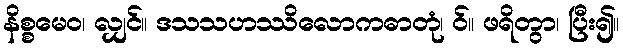
နိစ္စမေဝ၊ လျှင်။ ဒသသဟဿိလောကဓာတုံ၊ ဝ်။ ဖရိတွာ၊ ပြီး၍။